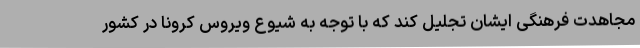
مجاهدت فرهنگی ایشان تجلیل کند که با توجه به شیوع ویروس کرونا در کشور